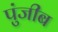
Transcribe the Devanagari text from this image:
पुंजीब